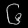
Digit: ၆